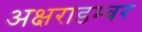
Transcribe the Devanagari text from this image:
अक्षराडम्बर